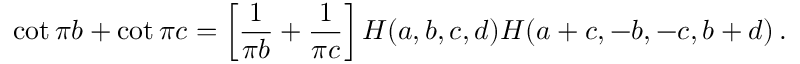
\cot \pi b + \cot \pi c = \left[ \frac { 1 } { \pi b } + \frac { 1 } { \pi c } \right] H ( a , b , c , d ) H ( a + c , - b , - c , b + d ) \, .